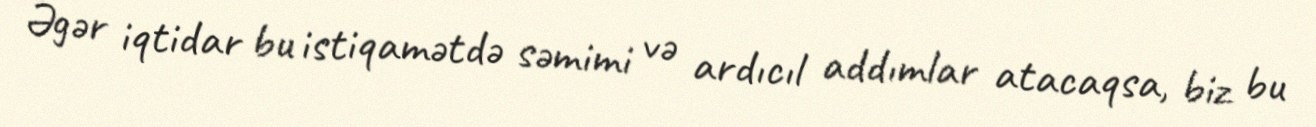
Əgər iqtidar bu istiqamətdə səmimi və ardıcıl addımlar atacaqsa, biz bu